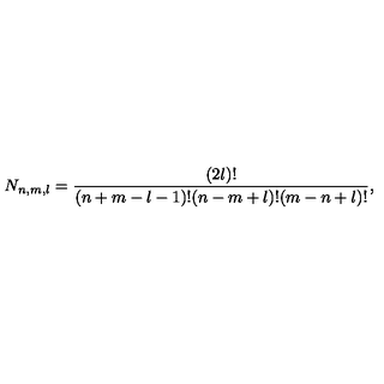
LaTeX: N _ { n , m , l } = \frac { ( 2 l ) ! } { ( n + m - l - 1 ) ! ( n - m + l ) ! ( m - n + l ) ! } ,